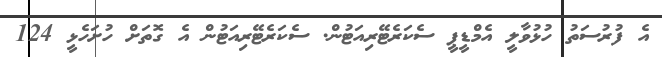
އެ ފުރުސަތު ހުޅުވާލީ އެމްޑީޕީ ސެކަރެޓޭރިއަޓުން. ސެކަރެޓޭރިއަޓުން އެ ގޮތަށް ހުށަހެޅީ 124